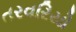
તરવરિયો